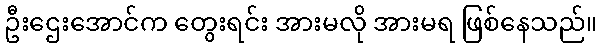
ဦးဌေးအောင်က တွေးရင်း အားမလို အားမရ ဖြစ်နေသည်။